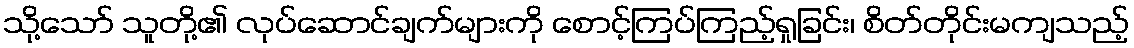
သို့သော် သူတို့၏ လုပ်ဆောင်ချက်များကို စောင့်ကြပ်ကြည့်ရှုခြင်း၊ စိတ်တိုင်းမကျသည့်